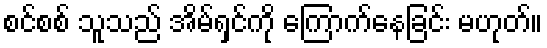
စင်စစ် သူသည် အိမ်ရှင်ကို ကြောက်နေခြင်း မဟုတ်။